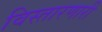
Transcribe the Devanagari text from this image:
विस्तारणारी